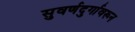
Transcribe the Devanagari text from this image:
सुवर्णदुर्गावरून